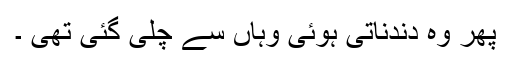
پھر وہ دندناتی ہوئی وہاں سے چلی گئی تھی ۔